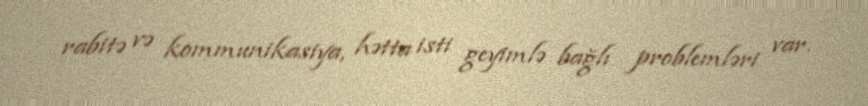
rabitə və kommunikasiya, hətta isti geyimlə bağlı problemləri var.